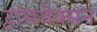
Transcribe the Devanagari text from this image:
ट्रांसजेक्सन